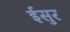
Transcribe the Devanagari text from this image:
ईसुर